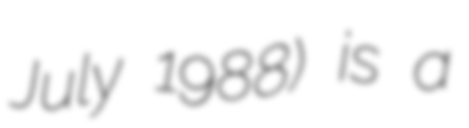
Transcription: July 1988) is a